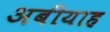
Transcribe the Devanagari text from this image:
अबीयाह